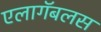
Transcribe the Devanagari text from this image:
एलागॅबलस